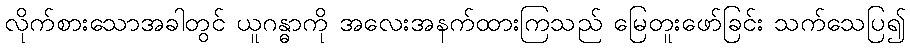
လိုက်စားသောအခါတွင် ယူဂန္ဓာကို အလေးအနက်ထားကြသည် မြေတူးဖော်ခြင်း သက်သေပြ၍